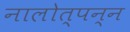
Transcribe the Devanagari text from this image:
नालोत्पन्न